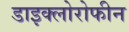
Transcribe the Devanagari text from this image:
डाइक्लोरोफीन